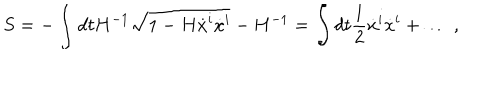
LaTeX: S = - \int d t H ^ { - 1 } \sqrt { 1 - H \dot { x } ^ { i } \dot { x } ^ { i } } - H ^ { - 1 } = \int d t { \frac { 1 } { 2 } } \dot { x } ^ { i } \dot { x } ^ { i } + \ldots \ ,